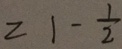
= 1 - \frac { 1 } { 2 }